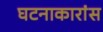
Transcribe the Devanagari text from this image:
घटनाकारांस